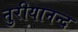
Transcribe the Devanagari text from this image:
तुरीयानन्द